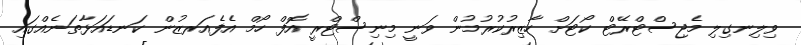
ވިލިނގިލި މެޖިސްޓްރޭޓް ކޯޓަށް ހާޒިރުކުރުމުން ވަނީ މިނިސްޓްރީ އޮފް ހޯމް އެފެއަރޒުން ކަނޑައަޅާތަނެއްގައި